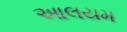
આલયમ